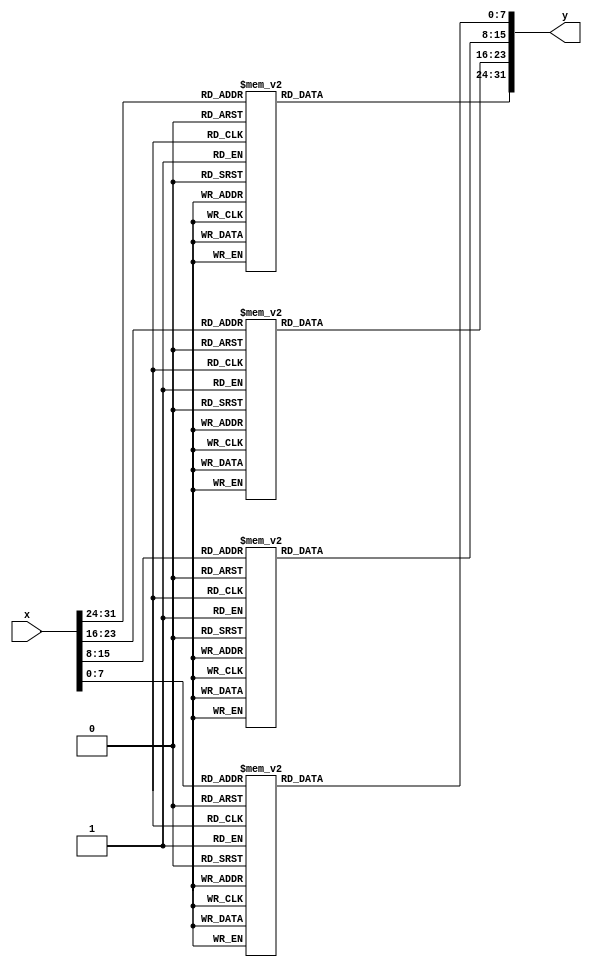
`timescale 1ns / 1ps
//////////////////////////////////////////////////////////////////////////////////
// Company: 
// Engineer: 
// 
// Design Name: 
// Module Name: InvSubBytes
// Project Name: 
// Target Devices: 
// Tool Versions: 
// Description: 
// 
// Dependencies: 
// 
// Revision:
// Revision 0.01 - File Created
// Additional Comments:
// 
//////////////////////////////////////////////////////////////////////////////////


module InvSubBytes(
    x, y
    );
    input  [31:0] x;
    output [31:0] y;
    
    function [7:0] S;
    input    [7:0] x;
      case (x)
          0:S= 82;   1:S=  9;   2:S=106;   3:S=213;   4:S= 48;   5:S= 54;   6:S=165;   7:S= 56;
          8:S=191;   9:S= 64;  10:S=163;  11:S=158;  12:S=129;  13:S=243;  14:S=215;  15:S=251;
         16:S=124;  17:S=227;  18:S= 57;  19:S=130;  20:S=155;  21:S= 47;  22:S=255;  23:S=135;
         24:S= 52;  25:S=142;  26:S= 67;  27:S= 68;  28:S=196;  29:S=222;  30:S=233;  31:S=203;
         32:S= 84;  33:S=123;  34:S=148;  35:S= 50;  36:S=166;  37:S=194;  38:S= 35;  39:S= 61;
         40:S=238;  41:S= 76;  42:S=149;  43:S= 11;  44:S= 66;  45:S=250;  46:S=195;  47:S= 78;
         48:S=  8;  49:S= 46;  50:S=161;  51:S=102;  52:S= 40;  53:S=217;  54:S= 36;  55:S=178;
         56:S=118;  57:S= 91;  58:S=162;  59:S= 73;  60:S=109;  61:S=139;  62:S=209;  63:S= 37;
         64:S=114;  65:S=248;  66:S=246;  67:S=100;  68:S=134;  69:S=104;  70:S=152;  71:S= 22;
         72:S=212;  73:S=164;  74:S= 92;  75:S=204;  76:S= 93;  77:S=101;  78:S=182;  79:S=146;
         80:S=108;  81:S=112;  82:S= 72;  83:S= 80;  84:S=253;  85:S=237;  86:S=185;  87:S=218;
         88:S= 94;  89:S= 21;  90:S= 70;  91:S= 87;  92:S=167;  93:S=141;  94:S=157;  95:S=132;
         96:S=144;  97:S=216;  98:S=171;  99:S=  0; 100:S=140; 101:S=188; 102:S=211; 103:S= 10;
        104:S=247; 105:S=228; 106:S= 88; 107:S=  5; 108:S=184; 109:S=179; 110:S= 69; 111:S=  6;
        112:S=208; 113:S= 44; 114:S= 30; 115:S=143; 116:S=202; 117:S= 63; 118:S= 15; 119:S=  2;
        120:S=193; 121:S=175; 122:S=189; 123:S=  3; 124:S=  1; 125:S= 19; 126:S=138; 127:S=107;
        128:S= 58; 129:S=145; 130:S= 17; 131:S= 65; 132:S= 79; 133:S=103; 134:S=220; 135:S=234;
        136:S=151; 137:S=242; 138:S=207; 139:S=206; 140:S=240; 141:S=180; 142:S=230; 143:S=115;
        144:S=150; 145:S=172; 146:S=116; 147:S= 34; 148:S=231; 149:S=173; 150:S= 53; 151:S=133;
        152:S=226; 153:S=249; 154:S= 55; 155:S=232; 156:S= 28; 157:S=117; 158:S=223; 159:S=110;
        160:S= 71; 161:S=241; 162:S= 26; 163:S=113; 164:S= 29; 165:S= 41; 166:S=197; 167:S=137;
        168:S=111; 169:S=183; 170:S= 98; 171:S= 14; 172:S=170; 173:S= 24; 174:S=190; 175:S= 27;
        176:S=252; 177:S= 86; 178:S= 62; 179:S= 75; 180:S=198; 181:S=210; 182:S=121; 183:S= 32;
        184:S=154; 185:S=219; 186:S=192; 187:S=254; 188:S=120; 189:S=205; 190:S= 90; 191:S=244;
        192:S= 31; 193:S=221; 194:S=168; 195:S= 51; 196:S=136; 197:S=  7; 198:S=199; 199:S= 49;
        200:S=177; 201:S= 18; 202:S= 16; 203:S= 89; 204:S= 39; 205:S=128; 206:S=236; 207:S= 95;
        208:S= 96; 209:S= 81; 210:S=127; 211:S=169; 212:S= 25; 213:S=181; 214:S= 74; 215:S= 13;
        216:S= 45; 217:S=229; 218:S=122; 219:S=159; 220:S=147; 221:S=201; 222:S=156; 223:S=239;
        224:S=160; 225:S=224; 226:S= 59; 227:S= 77; 228:S=174; 229:S= 42; 230:S=245; 231:S=176;
        232:S=200; 233:S=235; 234:S=187; 235:S= 60; 236:S=131; 237:S= 83; 238:S=153; 239:S= 97;
        240:S= 23; 241:S= 43; 242:S=  4; 243:S=126; 244:S=186; 245:S=119; 246:S=214; 247:S= 38;
        248:S=225; 249:S=105; 250:S= 20; 251:S= 99; 252:S= 85; 253:S= 33; 254:S= 12; 255:S=125; 
      endcase
    endfunction
    
    assign y = {S(x[31:24]), S(x[23:16]), S(x[15: 8]), S(x[ 7: 0])};
endmodule